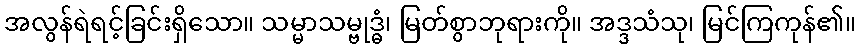
အလွန်ရဲရင့်ခြင်းရှိသော။ သမ္မာသမ္ဗုဒ္ဓံ၊ မြတ်စွာဘုရားကို။ အဒ္ဒသံသု၊ မြင်ကြကုန်၏။